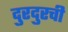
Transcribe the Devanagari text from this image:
दुरदुरची